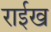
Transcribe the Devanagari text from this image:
राईख